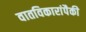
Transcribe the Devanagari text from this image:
वातविकारांपैकी